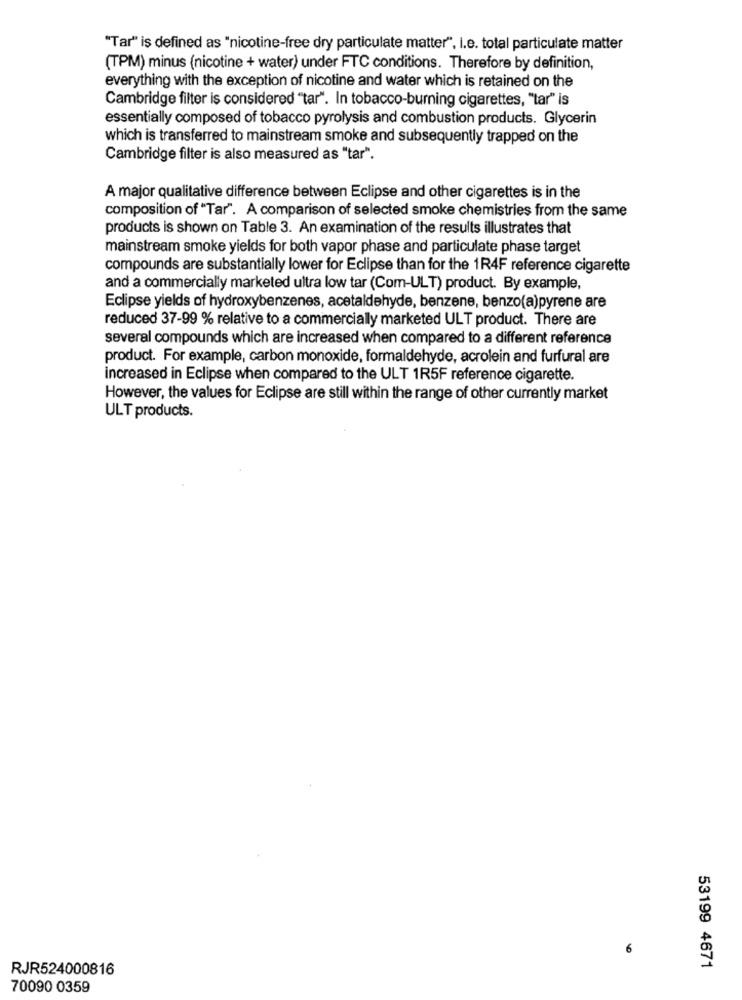
"Tar" is defined as "nicotine-free dry particulate matter", I.e. total particulate matter
(TPM) minus (nicotine + water) under FTC conditions. Therefore by definition,
everything with the exception of nicotine and water which is retained on the
Cambridge filter is considered "tar". In tobacco-burning cigarettes, "tar" is
essentially composed of tobacco pyrolysis and combustion products. Glycerin
which is transferred to mainstream smoke and subsequently trapped on the
Cambridge filter is also measured as "tar".
A major qualitative difference between Eclipse and other cigarettes is in the
composition of "Tar". A comparison of selected smoke chemistries from the same
products is shown on Table 3. An examination of the results illustrates that
mainstream smoke yields for both vapor phase and particulate phase target
compounds are substantially lower for Eclipse than for the 1R4F reference cigarette
and a commercially marketed ultra low tar (Com-ULT) product. By example,
Eclipse yields of hydroxybenzenes, acetaldehyde, benzene, benzo(a)pyrene are
reduced 37-99 % relative to a commercially marketed ULT product. There are
several compounds which are increased when compared to a different reference
product. For example, carbon monoxide, formaldehyde, acrolein and furfural are
increased in Eclipse when compared to the ULT 1R5F reference cigarette.
However, the values for Eclipse are still within the range of other currently market
ULT products.
6
RJR524000816
53199 4671
70090 0359